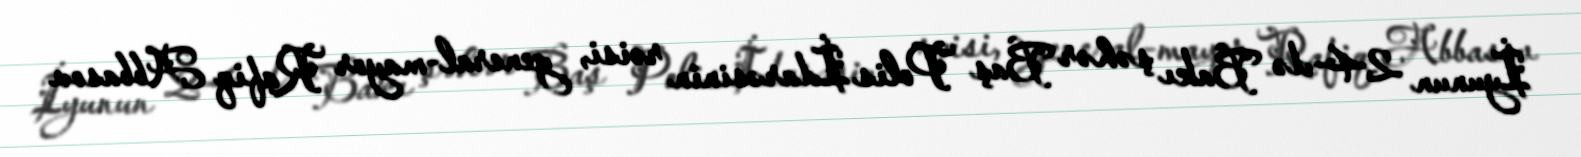
İyunun 24-də Bakı şəhər Baş Polis İdarəsinin rəisi, general-mayor Rafiq Abbasov